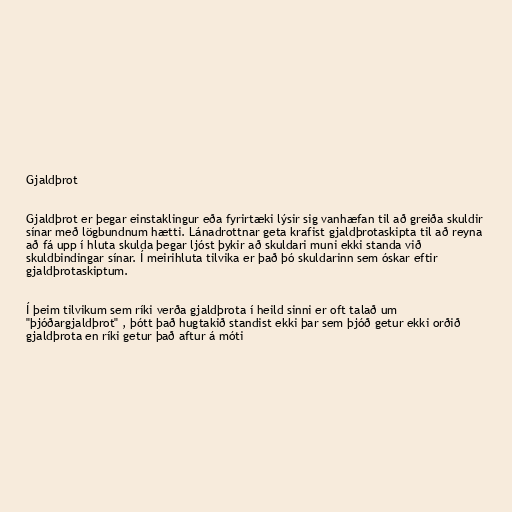
Gjaldþrot

Gjaldþrot er þegar einstaklingur eða fyrirtæki lýsir sig vanhæfan til að greiða skuldir
sínar með lögbundnum hætti. Lánadrottnar geta krafist gjaldþrotaskipta til að reyna
að fá upp í hluta skulda þegar ljóst þykir að skuldari muni ekki standa við
skuldbindingar sínar. Í meirihluta tilvika er það þó skuldarinn sem óskar eftir
gjaldþrotaskiptum.

Í þeim tilvikum sem ríki verða gjaldþrota í heild sinni er oft talað um
"þjóðargjaldþrot" , þótt það hugtakið standist ekki þar sem þjóð getur ekki orðið
gjaldþrota en ríki getur það aftur á móti